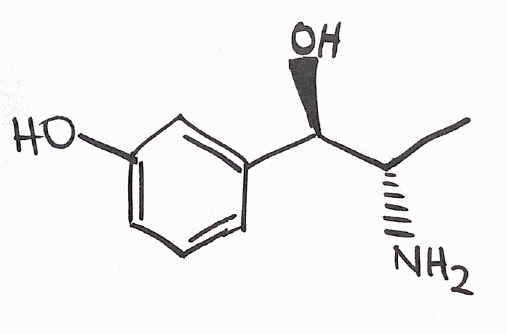
Simplified molecular-input line-entry system (SMILES) notation of the given molecule:
C[C@@H]([C@@H](C1=CC(=CC=C1)O)O)N